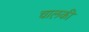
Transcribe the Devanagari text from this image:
चालकी